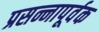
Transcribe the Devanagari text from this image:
प्रसन्नापूर्वक